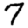
Digit: 7